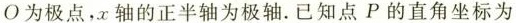
O为极点，x轴的正半轴为极轴。已知点P的直角坐标为